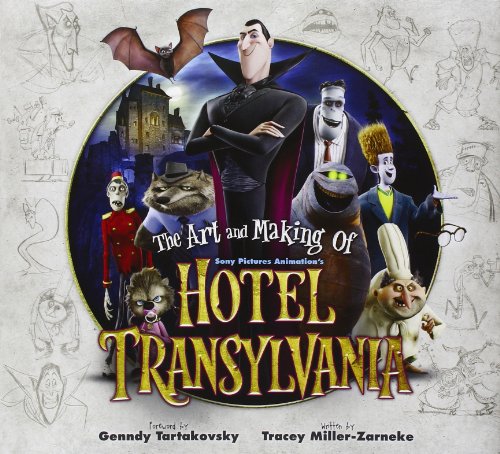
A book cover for The Art and Making of Hotel Transylvania; Tracey Miller-Zarneke; Humor & Entertainment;